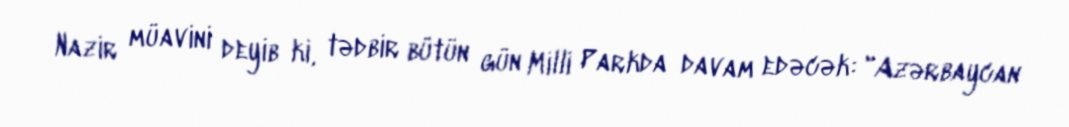
Nazir müavini deyib ki, tədbir bütün gün Milli Parkda davam edəcək: "Azərbaycan